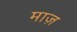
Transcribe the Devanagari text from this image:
माज़